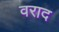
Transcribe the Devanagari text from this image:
वराद